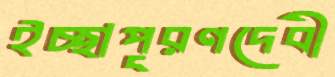
ইচ্ছাপূরণদেবী